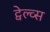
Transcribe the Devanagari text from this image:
ट्वेल्व्स